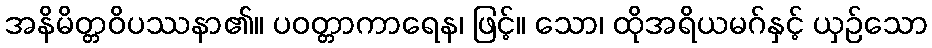
အနိမိတ္တဝိပဿနာ၏။ ပဝတ္တာကာရေန၊ ဖြင့်။ သော၊ ထိုအရိယမဂ်နှင့် ယှဉ်သော